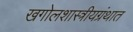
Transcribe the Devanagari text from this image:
खगोलशास्त्रीयग्रंथात